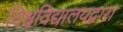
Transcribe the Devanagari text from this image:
विश्वविद्यालयद्वारा